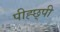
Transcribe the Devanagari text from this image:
पीह्छ्पी